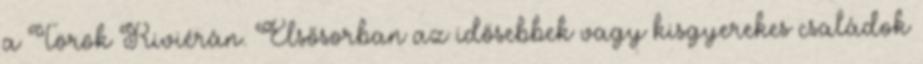
a Török Riviérán. Elsősorban az idősebbek vagy kisgyerekes családok